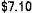
$7.10